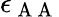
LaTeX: \epsilon_{\mathrm{~A~A~}}